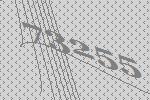
73255